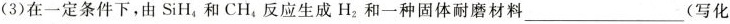
(3)在一定条件下，由 SiH_{4}和CH_{4}反应生成H_{2}和一种固体耐磨材料___(写化